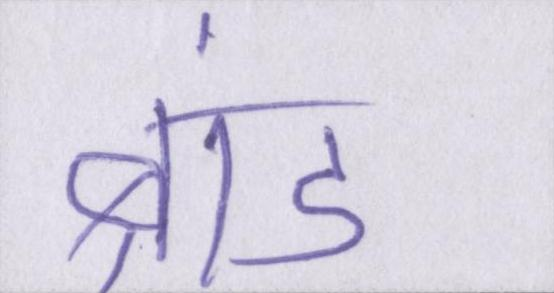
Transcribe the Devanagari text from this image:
ब्रांड